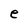
Character: e